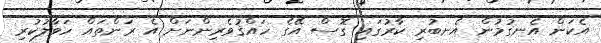
އެކަން އެނގުމުން އެނބުރި ކާރުގައި ގޮސް އޭގެ ހައްޤުވެރިންނަށް އެ ރަންތައް ހަވާލުކުރި